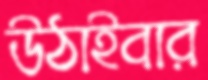
উঠাইবার